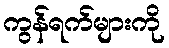
ကွန်ရက်များကို